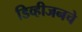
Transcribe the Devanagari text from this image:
डिव्हीजनचे